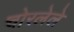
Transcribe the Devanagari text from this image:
चोरलेले